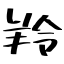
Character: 羚